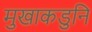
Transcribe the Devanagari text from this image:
मुखाकडुनि